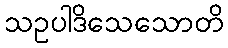
သဥပါဒိသေသောတိ